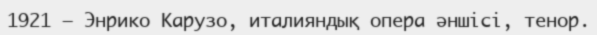
1921 — Энрико Карузо, италияндық опера әншісі, тенор.